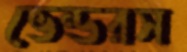
ভেন্ডরস